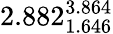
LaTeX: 2.882_{1.646}^{3.864}